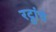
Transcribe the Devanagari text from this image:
रट्ठांचे